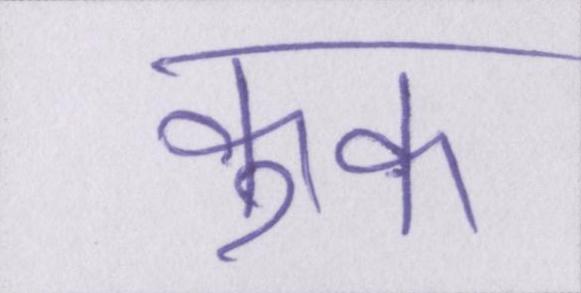
कुक